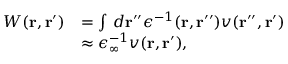
\begin{array} { r l } { W ( \mathbf { r } , \mathbf { r } ^ { \prime } ) } & { = \int \, d \mathbf { r } ^ { \prime \prime } \epsilon ^ { - 1 } ( \mathbf { r } , \mathbf { r } ^ { \prime \prime } ) v ( \mathbf { r } ^ { \prime \prime } , \mathbf { r } ^ { \prime } ) } \\ & { \approx \epsilon _ { \infty } ^ { - 1 } v ( \mathbf { r } , \mathbf { r } ^ { \prime } ) , } \end{array}